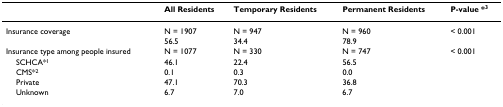
|  | All Residents | Temporary Residents | Permanent Residents | P-value *3 |
 | --- | --- | --- | --- | --- |
 | Insurance coverage | N = 1907 | N = 947 | N = 960 | < 0.001 |
 |  | 56.5 | 34.4 | 78.9 |  |
 | Insurance type among people insured | N = 1077 | N = 330 | N = 747 | < 0.001 |
 | SCHCA*1 | 46.1 | 22.4 | 56.5 |  |
 | CMS*2 | 0.1 | 0.3 | 0.0 |  |
 | Private | 47.1 | 70.3 | 36.8 |  |
 | Unknown | 6.7 | 7.0 | 6.7 |  |